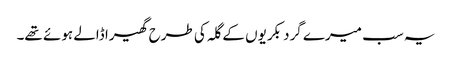
یہ سب میرے گرد بکریوں کے گلہ کی طرح گھیرا ڈالے ہوئے تھے۔